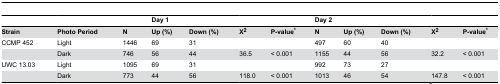
<table><thead><tr><td></td><td></td><td></td><td><b>Day 1</b></td><td></td><td></td><td></td><td><b>Day 2</b></td><td></td><td></td><td></td><td></td></tr></thead><tbody><tr><td><b>Strain</b></td><td><b>Photo Period</b></td><td><b>N</b></td><td><b>Up (%)</b></td><td><b>Down (%)</b></td><td><b>Χ<sup>2</sup></b></td><td><b>P-value*</b></td><td><b>N</b></td><td><b>Up (%)</b></td><td><b>Down (%)</b></td><td><b>Χ<sup>2</sup></b></td><td><b>P-value*</b></td></tr><tr><td>CCMP 452</td><td>Light</td><td>1446</td><td>69</td><td>31</td><td></td><td></td><td>497</td><td>60</td><td>40</td><td></td><td></td></tr><tr><td></td><td>Dark</td><td>746</td><td>56</td><td>44</td><td>36.5</td><td>&lt; 0.001</td><td>1155</td><td>44</td><td>56</td><td>32.2</td><td>&lt; 0.001</td></tr><tr><td>UWC 13.03</td><td>Light</td><td>1095</td><td>69</td><td>31</td><td></td><td></td><td>992</td><td>73</td><td>27</td><td></td><td></td></tr><tr><td></td><td>Dark</td><td>773</td><td>44</td><td>56</td><td>118.0</td><td>&lt; 0.001</td><td>1013</td><td>46</td><td>54</td><td>147.8</td><td>&lt; 0.001</td></tr></tbody></table>